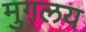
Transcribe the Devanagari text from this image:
मुगलय